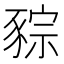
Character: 䝋